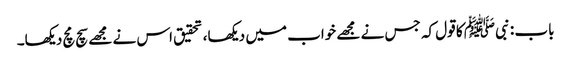
باب : نبیﷺ کا قول کہ جس نے مجھے خواب میں دیکھا، تحقیق اس نے مجھے سچ مچ دیکھا۔